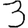
Digit: 3